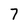
Character: 7